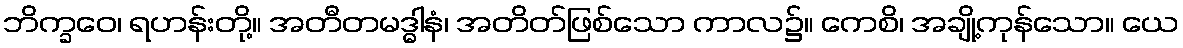
ဘိက္ခဝေ၊ ရဟန်းတို့။ အတီတမဒ္ဓါနံ၊ အတိတ်ဖြစ်သော ကာလ၌။ ကေစိ၊ အချို့ကုန်သော။ ယေ